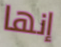
إنها